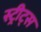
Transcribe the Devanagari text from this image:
स्ट्रीट्‌स